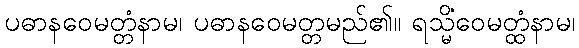
ပဓာနဝေမတ္တံနာမ၊ ပဓာနဝေမတ္တမည်၏။ ရသ္မိံဝေမတ္ထံနာမ၊